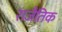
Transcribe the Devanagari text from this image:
राजैतिक